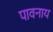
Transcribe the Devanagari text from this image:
पावनाय